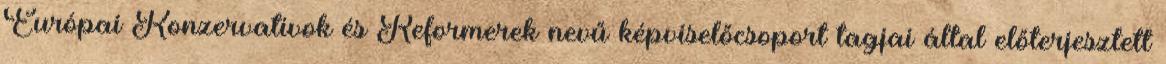
Európai Konzervatívok és Reformerek nevű képviselőcsoport tagjai által előterjesztett